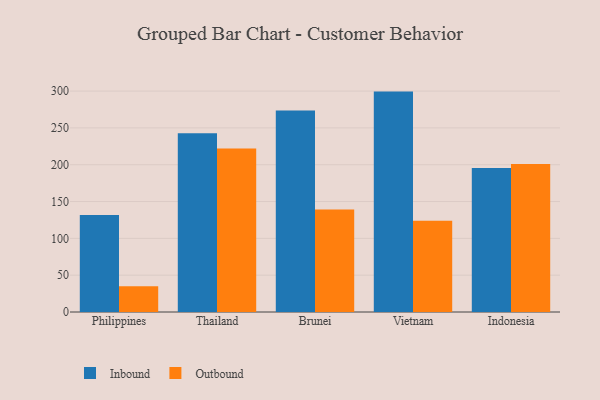
{"axis": {"x": "Country", "y": "Satisfaction Score"}, "legend": ["Inbound", "Outbound"], "data": [{"x": "Philippines", "y": 131.8, "type": "Inbound"}, {"x": "Philippines", "y": 35.1, "type": "Outbound"}, {"x": "Thailand", "y": 242.9, "type": "Inbound"}, {"x": "Thailand", "y": 222.2, "type": "Outbound"}, {"x": "Brunei", "y": 273.7, "type": "Inbound"}, {"x": "Brunei", "y": 139.3, "type": "Outbound"}, {"x": "Vietnam", "y": 299.3, "type": "Inbound"}, {"x": "Vietnam", "y": 124.0, "type": "Outbound"}, {"x": "Indonesia", "y": 195.6, "type": "Inbound"}, {"x": "Indonesia", "y": 201.0, "type": "Outbound"}]}